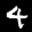
Label: 4